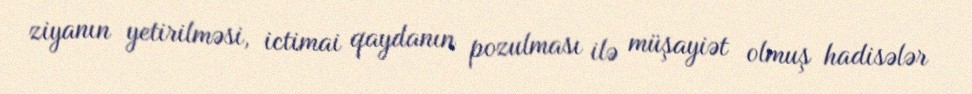
ziyanın yetirilməsi, ictimai qaydanın pozulması ilə müşayiət olmuş hadisələr